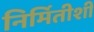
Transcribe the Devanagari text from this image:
निर्मितीशी